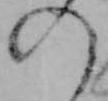
の